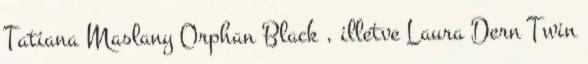
Tatiana Maslany Orphan Black , illetve Laura Dern Twin